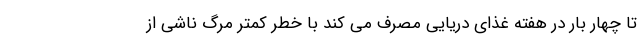
تا چهار بار در هفته غذای دریایی مصرف می کند با خطر کمتر مرگ ناشی از